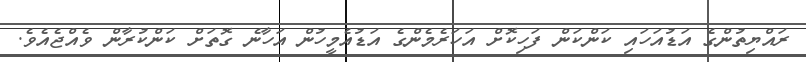
ރައްޔިތުންގެ އަޑުއަހައި ކަންކަން ފަހިކޮށް އަހަރެމެންގެ އަޑުއެމީހުން އަހާނެ ގޮތަށް ކަންކުރާން ވެއްޖެއެވެ.